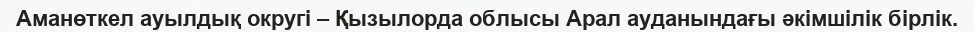
Аманөткел ауылдық округі – Қызылорда облысы Арал ауданындағы әкімшілік бірлік.